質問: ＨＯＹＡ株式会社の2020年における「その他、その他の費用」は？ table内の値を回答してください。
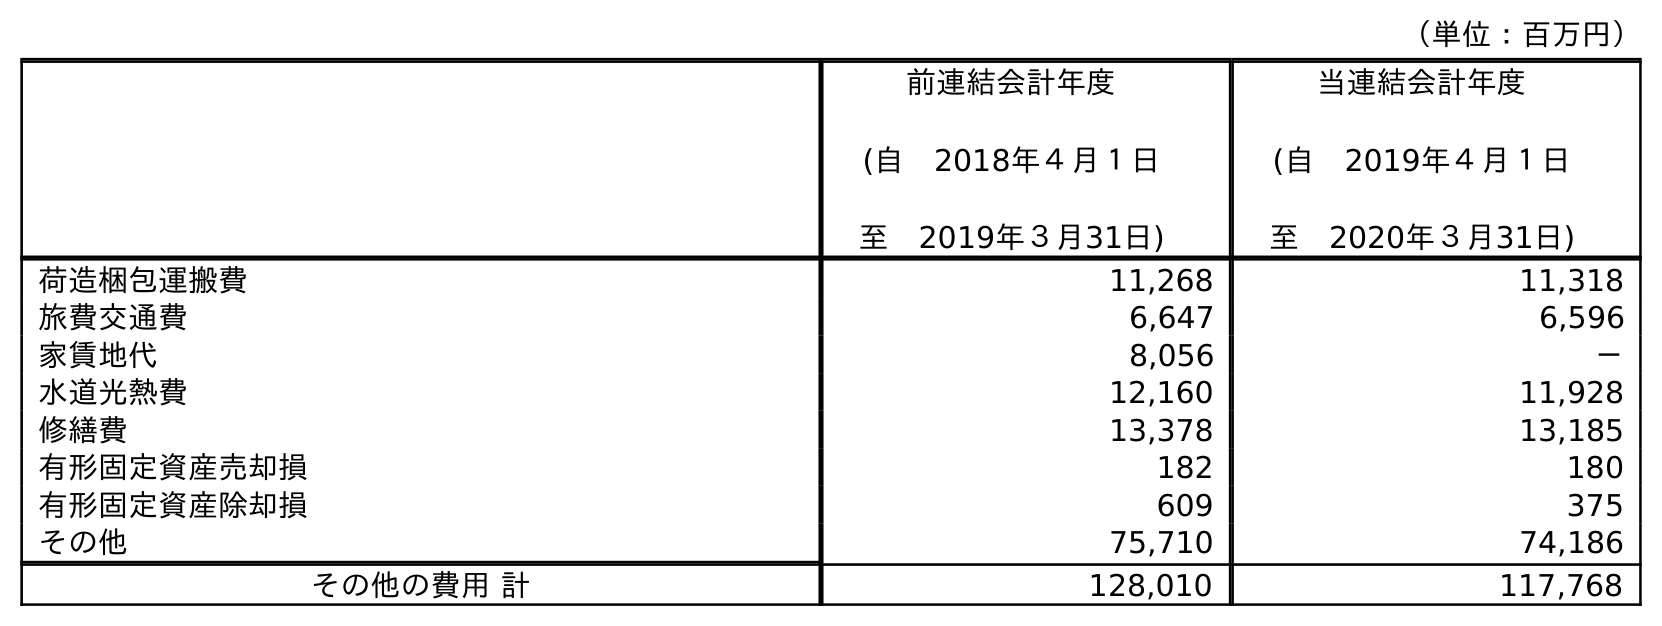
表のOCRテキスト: （単位：百万円） 前連結会計年度 (自 2018年４月１日 至 2019年３月31日) 当連結会計年度 (自 2019年４月１日 至 2020年３月31日) 荷造梱包運搬費 11,268 11,318 旅費交通費 6,647 6,596 家賃地代 8,056 － 水道光熱費 12,160 11,928 修繕費 13,378 13,185 有形固定資産売却損 182 180 有形固定資産除却損 609 375 その他 75,710 74,186 その他の費用 計 128,010 117,768
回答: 74,186